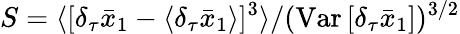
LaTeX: S=\langle[\delta_{\tau}\bar{x}_{1}-\langle\delta_{\tau}\bar{x}_{1}\rangle]^{3}\rangle/(\mathrm{Var}\, [\delta_{\tau}\bar{x}_{1}])^{3/2}